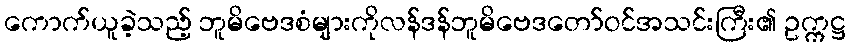
ကောက်ယူခဲ့သည့် ဘူမိဗေဒစံများကိုလန်ဒန်ဘူမိဗေဒတော်ဝင်အသင်းကြီး၏ ဥက္ကဋ္ဌ